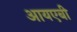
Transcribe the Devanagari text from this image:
आयएबी